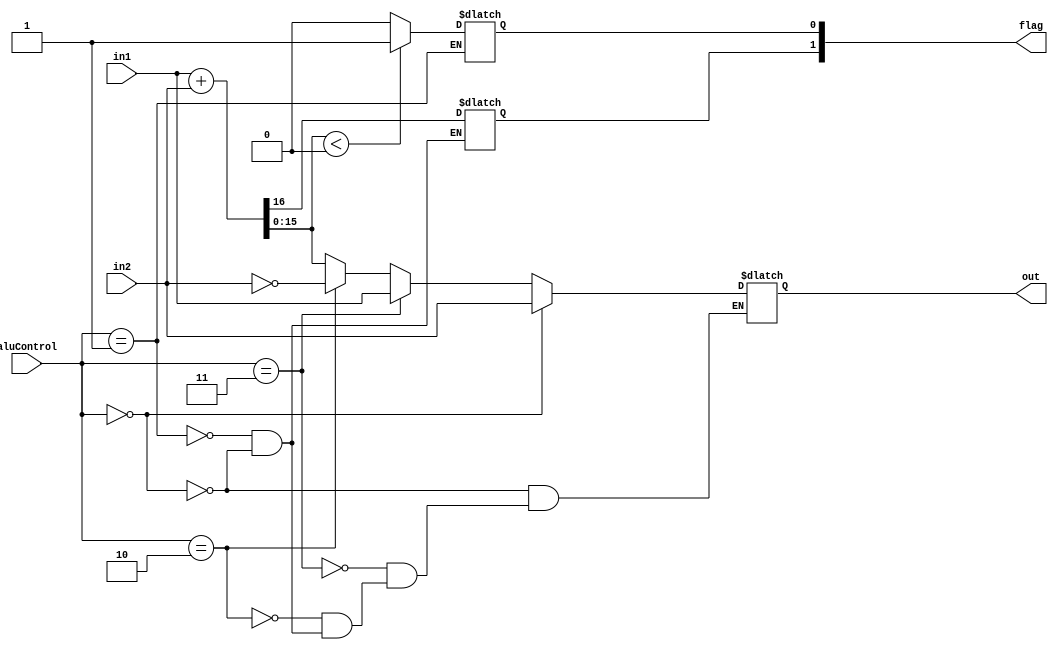
//ALU
/*
Branch logic combinational logic
inputs:

output:
     
*/
module ALU (in1,in2,aluControl,out,flag);

input [15:0]in1,in2;
input [2:0]aluControl;
output reg [15:0] out;
output reg [2:0] flag;



wire [15:0]sum;
wire carry;
assign {carry_sum,sum}=in1+in2;

always @ * begin
if(aluControl==3'b000)begin
//nop
{flag[1],out}=in1+in2;
//flag[0]=(out=='b0) ? 1'b1:1'b0;
//flag[0]=(out<0)?1'b1:1'b0;
end


if(aluControl==3'b001)begin
//add
{flag[1],out} = in1 + in2;
flag[0]=(out=='b0) ? 1'b1:1'b0;
flag[0]=(out<0)?1'b1:1'b0;
end



if(aluControl==3'b010)begin
//NOT
out=~in2;
//flag[0]=(out=='b0) ? 1'b1:1'b0;
//flag[0]=(out<0)?1'b1:1'b0;
end


if(aluControl==3'b011)begin
//LDD
out=in1;
//flag[0]=(out=='b0) ? 1'b1:1'b0;
//flag[0]=(out<0)?1'b1:1'b0;
end


if(aluControl==3'b000)begin
//STD
out=in2;
//flag[0]=(out=='b0) ? 1'b1:1'b0;
//flag[0]=(out<0)?1'b1:1'b0;
end

end


/*
assign out = 
(aluControl == 3'b000 ) ? 'bz : 
(aluControl == 3'b001 ) ? sum : 
(aluControl == 3'b010 ) ? ~in2 : 
(aluControl == 3'b011 ) ? in1 : 
(aluControl == 3'b100 ) ? in2 : 'bx;
*/
endmodule